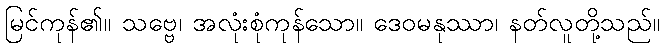
မြင်ကုန်၏။ သဗ္ဗေ၊ အလုံးစုံကုန်သော။ ဒေဝမနုဿာ၊ နတ်လူတို့သည်။